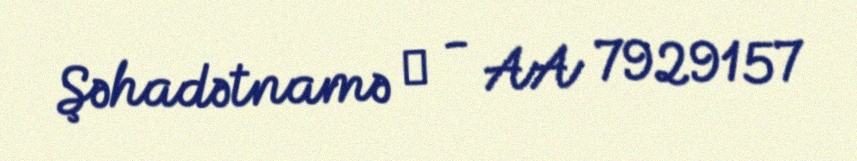
Şəhadətnamə № - AA 7929157